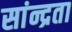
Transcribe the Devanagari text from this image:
सांन्द्रता